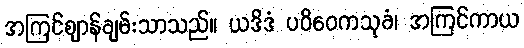
အကြင်ဈာန်ချမ်းသာသည်။ ယဒိဒံ ပဝိဝေကသုခံ၊ အကြင်ကာယ